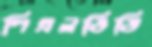
পিএলডিডি